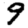
Digit: 9